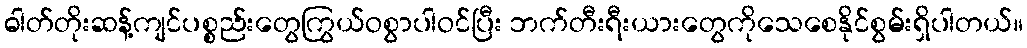
ဓါတ်တိုးဆန့်ကျင်ပစ္စည်းတွေကြွယ်ဝစွာပါဝင်ပြီး ဘက်တီးရီးယားတွေကိုသေစေနိုင်စွမ်းရှိပါတယ်။